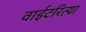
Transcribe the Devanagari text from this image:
वाईटरित्या